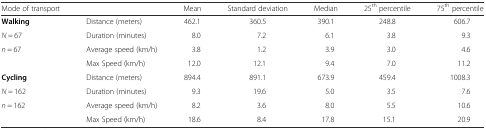
| Mode of transport |  | Mean | Standard deviation | Median | 25th percentile | 75th percentile |
 | --- | --- | --- | --- | --- | --- | --- |
 | Walking | Distance (meters) | 462.1 | 360.5 | 390.1 | 248.8 | 606.7 |
 | N = 67 | Duration (minutes) | 8.0 | 7.2 | 6.1 | 3.8 | 9.3 |
 | n = 67 | Average speed (km/h) | 3.8 | 1.2 | 3.9 | 3.0 | 4.6 |
 |  | Max Speed (km/h) | 12.0 | 12.1 | 9.4 | 7.0 | 11.2 |
 | Cycling | Distance (meters) | 894.4 | 891.1 | 673.9 | 459.4 | 1008.3 |
 | N = 162 | Duration (minutes) | 9.3 | 19.6 | 5.0 | 3.5 | 7.6 |
 | n = 162 | Average speed (km/h) | 8.2 | 3.6 | 8.0 | 5.5 | 10.6 |
 |  | Max Speed (km/h) | 18.6 | 8.4 | 17.8 | 15.1 | 20.9 |